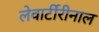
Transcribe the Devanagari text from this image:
लेवार्टीरीनाल